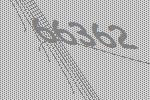
66362